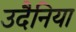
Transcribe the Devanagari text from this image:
उदैनिया